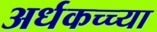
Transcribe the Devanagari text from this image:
अर्धकच्च्या